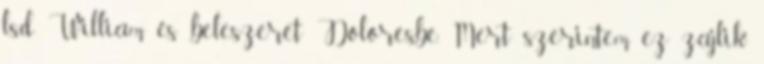
lsd William és beleszeret Doloresbe. Mert szerintem ez zajlik